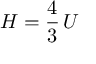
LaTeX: H = { \frac { 4 } { 3 } } \, U